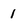
Character: 1